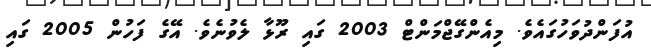
އުފަންދުވަހުގައެވެ. މިއެންގޭޖްމަންޓް 2003 ގައި ރޫޅާ ލެވުނެވެ. އޭގެ ފަހުން 2005 ގައި